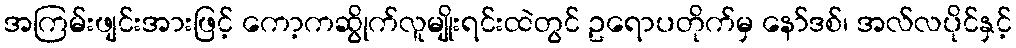
အကြမ်းဖျင်းအားဖြင့် ကော့ကဆွိုက်လူမျိုးရင်းထဲတွင် ဥရောပတိုက်မှ နော်ဒစ်၊ အလ်လပိုင်နှင့်